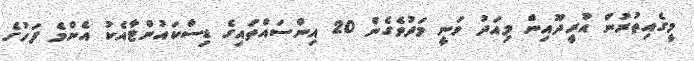
މީގެއިތުރުން އުރީދޫއިން މިއަދު ވަނީ މަދުވެގެން 20 އިންސައްތައިގެ ޑިސްކައުންޓާއެކު އެންމެ ފަހުގެ